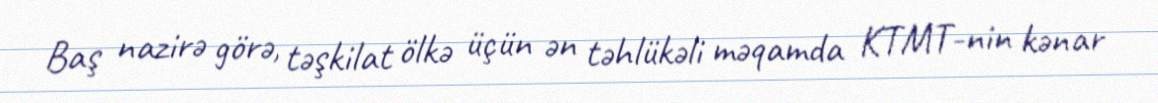
Baş nazirə görə, təşkilat ölkə üçün ən təhlükəli məqamda KTMT-nin kənar